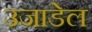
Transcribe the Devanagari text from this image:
उजाडेल